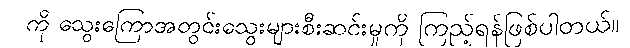
ကို သွေးကြောအတွင်းသွေးများစီးဆင်းမှုကို ကြည့်ရန်ဖြစ်ပါတယ်။